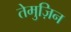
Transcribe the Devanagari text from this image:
तेमुज़िन